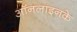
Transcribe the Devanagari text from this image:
ऑनलाइनके